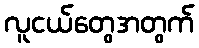
လူငယ်တွေအတွက်